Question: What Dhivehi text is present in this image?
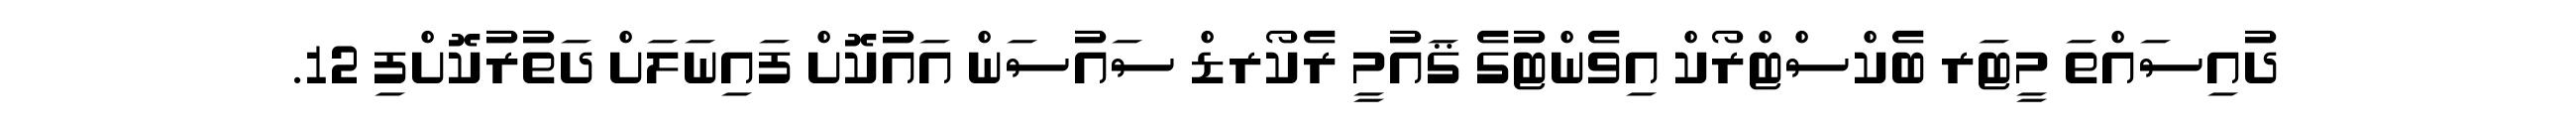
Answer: ދުއިސައްތަ މީޓަރ ބެކްސްޓްރޯކް އިވެންޓުގެ ޤައުމީ ރެކޯރޑް ސައުސަން އައުކޮށް ފައިނަލަށް ދަތުރުކޮށްފި 12.